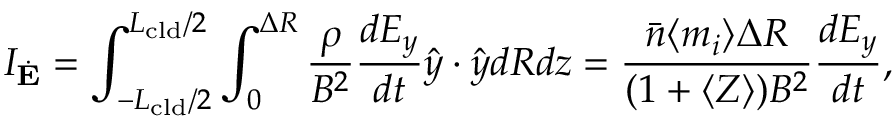
I _ { \dot { \mathbf { E } } } = \int _ { - L _ { \mathrm { c l d } } / 2 } ^ { L _ { \mathrm { c l d } } / 2 } \int _ { 0 } ^ { \Delta R } \frac { \rho } { B ^ { 2 } } \frac { d E _ { y } } { d t } \hat { y } \cdot \hat { y } d R d z = \frac { \bar { n } \langle m _ { i } \rangle \Delta R } { ( 1 + \langle Z \rangle ) B ^ { 2 } } \frac { d E _ { y } } { d t } ,